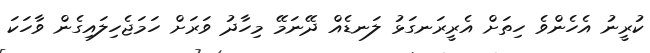
ކުރީނު އެހެންވެ ހިތަށް އެރީރަނގަޅު ލަނޑެއް ދޭނަމޭ މިހާދު ވަރަށް ހަމަޖެހިލައިގެން ވާހަކަ